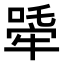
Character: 𤚧